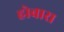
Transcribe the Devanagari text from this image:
होबारा